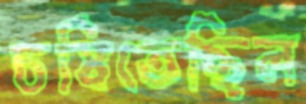
চষিতেছিল